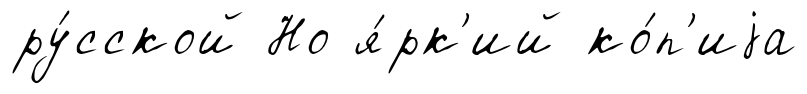
ру́сской Но я́рк'ий ко́п'иjа